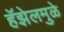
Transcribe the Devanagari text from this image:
हॅझेलमुळे